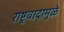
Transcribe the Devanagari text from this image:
राष्ट्रवादामुळे